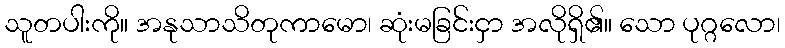
သူတပါးကို။ အနုသာသိတုကာမော၊ ဆုံးမခြင်းငှာ အလိုရှိ၏။ သော ပုဂ္ဂလော၊